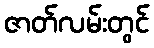
ဇာတ်လမ်းတွင်